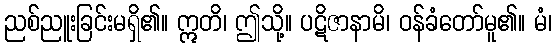
ညစ်ညူးခြင်းမရှိ၏။ ဣတိ၊ ဤသို့။ ပဋိဇာနာမိ၊ ဝန်ခံတော်မူ၏။ မံ၊